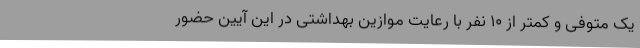
یک متوفی و کمتر از 10 نفر با رعایت موازین بهداشتی در این آیین حضور